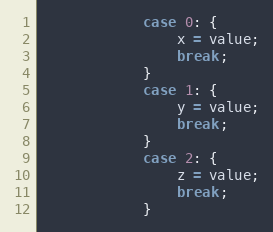
Language: Java
            case 0: {
                x = value;
                break;
            }
            case 1: {
                y = value;
                break;
            }
            case 2: {
                z = value;
                break;
            }